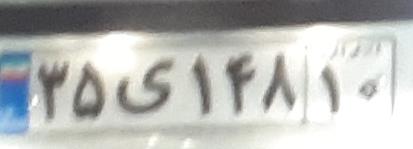
۳۵ی۱۴۸۱۰